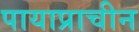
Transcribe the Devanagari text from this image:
पायाप्राचीन